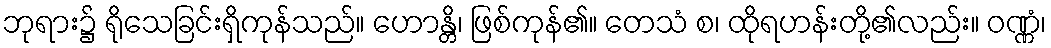
ဘုရား၌ ရိုသေခြင်းရှိကုန်သည်။ ဟောန္တိ၊ ဖြစ်ကုန်၏။ တေသံ စ၊ ထိုရဟန်းတို့၏လည်း။ ဝဏ္ဏံ၊